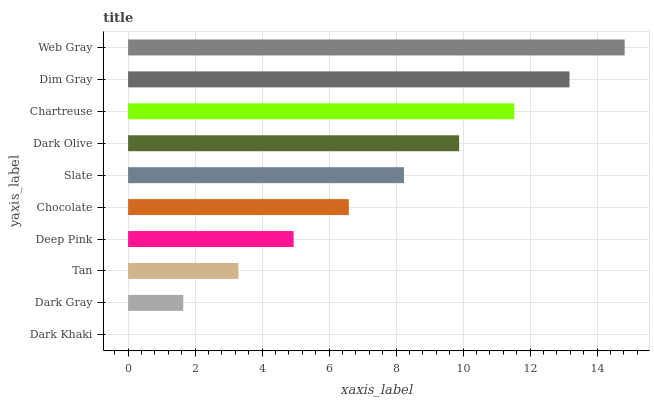
| yaxis_label | bars |
 | --- | --- |
 | Dark Khaki | 0 |
 | Dark Gray | 1.65 |
 | Tan | 3.29 |
 | Deep Pink | 4.94 |
 | Chocolate | 6.59 |
 | Slate | 8.23 |
 | Dark Olive | 9.88 |
 | Chartreuse | 11.5 |
 | Dim Gray | 13.2 |
 | Web Gray | 14.8 |